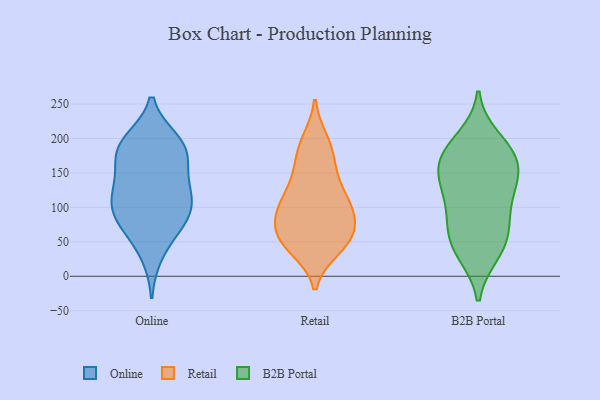
{"axis": {"x": "Website Visitors", "y": "Value"}, "legend": ["B2B Portal", "Online", "Retail"], "data": [{"x": "", "y": 31, "type": "Online"}, {"x": "", "y": 72, "type": "Online"}, {"x": "", "y": 197, "type": "Online"}, {"x": "", "y": 109, "type": "Online"}, {"x": "", "y": 95, "type": "Online"}, {"x": "", "y": 122, "type": "Online"}, {"x": "", "y": 178, "type": "Online"}, {"x": "", "y": 185, "type": "Online"}, {"x": "", "y": 72, "type": "Online"}, {"x": "", "y": 80, "type": "Online"}, {"x": "", "y": 106, "type": "Online"}, {"x": "", "y": 185, "type": "Online"}, {"x": "", "y": 141, "type": "Online"}, {"x": "", "y": 161, "type": "Online"}, {"x": "", "y": 123, "type": "Online"}, {"x": "", "y": 196, "type": "Online"}, {"x": "", "y": 77, "type": "Retail"}, {"x": "", "y": 164, "type": "Retail"}, {"x": "", "y": 50, "type": "Retail"}, {"x": "", "y": 130, "type": "Retail"}, {"x": "", "y": 89, "type": "Retail"}, {"x": "", "y": 79, "type": "Retail"}, {"x": "", "y": 54, "type": "Retail"}, {"x": "", "y": 104, "type": "Retail"}, {"x": "", "y": 194, "type": "Retail"}, {"x": "", "y": 87, "type": "Retail"}, {"x": "", "y": 147, "type": "Retail"}, {"x": "", "y": 117, "type": "Retail"}, {"x": "", "y": 197, "type": "Retail"}, {"x": "", "y": 51, "type": "Retail"}, {"x": "", "y": 174, "type": "Retail"}, {"x": "", "y": 40, "type": "Retail"}, {"x": "", "y": 55, "type": "Retail"}, {"x": "", "y": 112, "type": "Retail"}, {"x": "", "y": 43, "type": "Retail"}, {"x": "", "y": 96, "type": "Retail"}, {"x": "", "y": 37, "type": "B2B Portal"}, {"x": "", "y": 165, "type": "B2B Portal"}, {"x": "", "y": 171, "type": "B2B Portal"}, {"x": "", "y": 129, "type": "B2B Portal"}, {"x": "", "y": 187, "type": "B2B Portal"}, {"x": "", "y": 44, "type": "B2B Portal"}, {"x": "", "y": 74, "type": "B2B Portal"}, {"x": "", "y": 142, "type": "B2B Portal"}, {"x": "", "y": 75, "type": "B2B Portal"}, {"x": "", "y": 33, "type": "B2B Portal"}, {"x": "", "y": 120, "type": "B2B Portal"}, {"x": "", "y": 77, "type": "B2B Portal"}, {"x": "", "y": 157, "type": "B2B Portal"}, {"x": "", "y": 120, "type": "B2B Portal"}, {"x": "", "y": 200, "type": "B2B Portal"}, {"x": "", "y": 177, "type": "B2B Portal"}]}